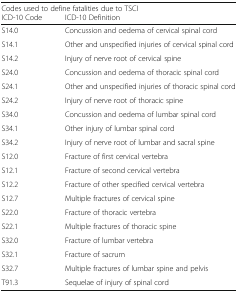
| <COLSPAN=2> Codes used to define fatalities due to TSCI |
 | ICD-10 Code | ICD-10 Definition |
 | --- | --- |
 | S14.0 | Concussion and oedema of cervical spinal cord |
 | S14.1 | Other and unspecified injuries of cervical spinal cord |
 | S14.2 | Injury of nerve root of cervical spine |
 | S24.0 | Concussion and oedema of thoracic spinal cord |
 | S24.1 | Other and unspecified injuries of thoracic spinal cord |
 | S24.2 | Injury of nerve root of thoracic spine |
 | S34.0 | Concussion and oedema of lumbar spinal cord |
 | S34.1 | Other injury of lumbar spinal cord |
 | S34.2 | Injury of nerve root of lumbar and sacral spine |
 | S12.0 | Fracture of first cervical vertebra |
 | S12.1 | Fracture of second cervical vertebra |
 | S12.2 | Fracture of other specified cervical vertebra |
 | S12.7 | Multiple fractures of cervical spine |
 | S22.0 | Fracture of thoracic vertebra |
 | S22.1 | Multiple fractures of thoracic spine |
 | S32.0 | Fracture of lumbar vertebra |
 | S32.1 | Fracture of sacrum |
 | S32.7 | Multiple fractures of lumbar spine and pelvis |
 | T91.3 | Sequelae of injury of spinal cord |